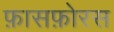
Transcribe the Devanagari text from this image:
फ़ासफ़ोरस